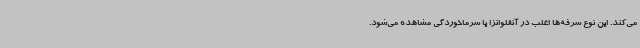
می‌کند. این نوع سرفه‌ها اغلب در آنفلوانزا یا سرماخوردگی مشاهده می‌شود.